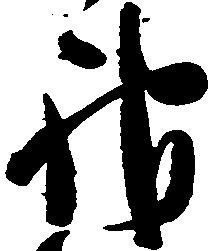
神